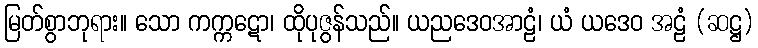
မြတ်စွာဘုရား။ သော ကက္ကဋော၊ ထိုပုဇွန်သည်။ ယညဒေဝအာဠံ၊ ယံ ယဒေဝ အဠံ (ဆဋ္ဌ)